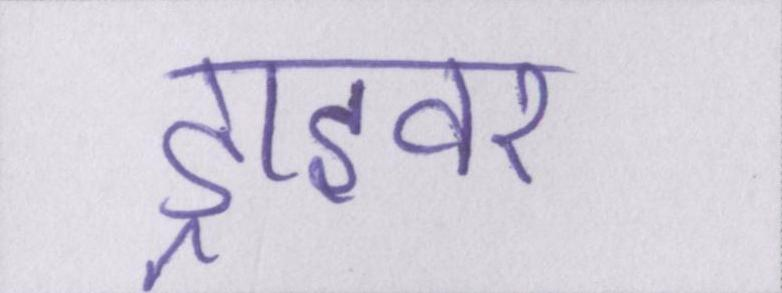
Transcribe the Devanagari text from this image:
ड्राइवर